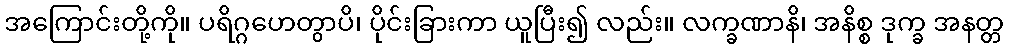
အကြောင်းတို့ကို။ ပရိဂ္ဂဟေတွာပိ၊ ပိုင်းခြားကာ ယူပြီး၍ လည်း။ လက္ခဏာနိ၊ အနိစ္စ ဒုက္ခ အနတ္တ